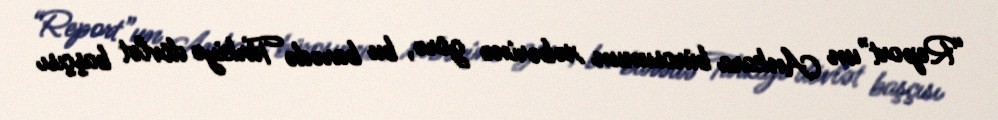
“Report”un Ankara bürosunun xəbərinə görə, bu barədə Türkiyə dövlət başçısı